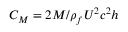
C _ { M } = 2 M / \rho _ { f } U ^ { 2 } c ^ { 2 } h